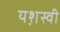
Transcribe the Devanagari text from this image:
यश़स्वी